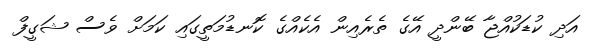
އަދި ކުޑަކުއްޖާ ބޭންދީ އޭގެ ތެރެއިން އެކެއްގެ ކޮނޑުމަތީގައި ކަމަށް ވެސް ޝަގީފް